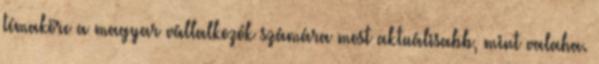
témaköre a magyar vállalkozók számára most aktuálisabb, mint valaha.